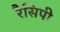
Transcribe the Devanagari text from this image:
रैसिपी